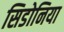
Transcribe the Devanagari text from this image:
सिडोनिया